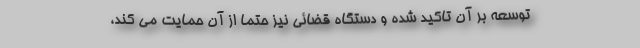
توسعه بر آن تاکید شده و دستگاه قضائی نیز حتما از آن حمایت می کند،